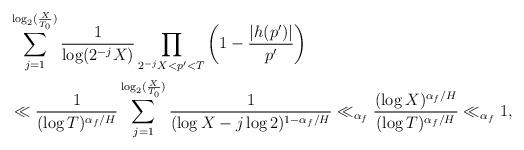
LaTeX: \begin{align*} &\sum_{j=1}^{\log_2(\frac{X}{T_0})} \frac{1}{\log (2^{-j}X)} \prod_{2^{-j}X < p' < T} \left(1 - \frac{|h(p')|}{p'} \right)\\ &\ll \frac{1}{(\log T)^{\alpha_f/H}} \sum_{j=1}^{\log_2(\frac{X}{T_0})} \frac{1}{(\log X - j \log 2)^{1-\alpha_f/H}} \ll_{\alpha_f} \frac{(\log X)^{\alpha_f/H}}{(\log T)^{\alpha_f/H}} \ll_{\alpha_f} 1, \end{align*}